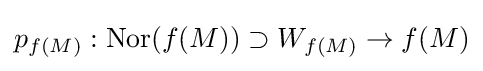
p_{f(M)}:\operatorname {Nor} (f(M))\supset W_{f(M)}\to f(M)